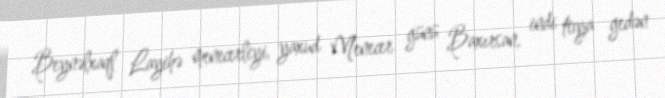
Beynəlxaql Layihə menecerliyi, yaxud Menecer günü Baxırsan, indi toya gedən